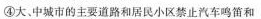
④大、中城市的主要道路和居民小区禁止汽车鸣笛和